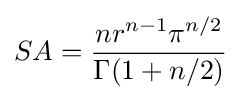
SA={\frac {nr^{n-1}\pi ^{n/2}}{\Gamma (1+{n/2})}}